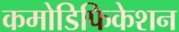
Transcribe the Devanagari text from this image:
कमोडिफिकेशन